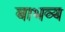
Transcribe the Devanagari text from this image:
बाभव्य